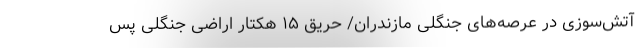
آتش‌سوزی در عرصه‌های جنگلی مازندران/ حریق ۱۵ هکتار اراضی جنگلی پس